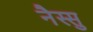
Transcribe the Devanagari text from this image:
नैस्सु